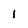
Character: 1